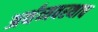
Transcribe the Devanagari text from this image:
अर्थव्यवस्थाच